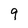
Character: 9